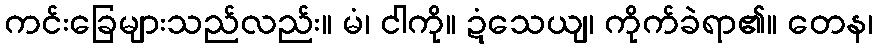
ကင်းခြေများသည်လည်း။ မံ၊ ငါကို။ ဍံသေယျ၊ ကိုက်ခဲရာ၏။ တေန၊